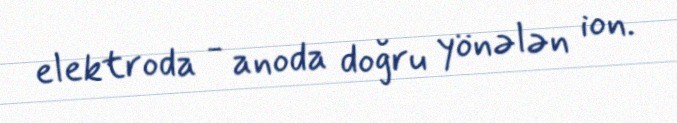
elektroda - anoda doğru yönələn ion.